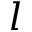
l